Report on sanitation, dispensaries, and jails in Rajputana for 1920, and on vaccination for the year 1920-1921 - 1920-1921
Year: 1920
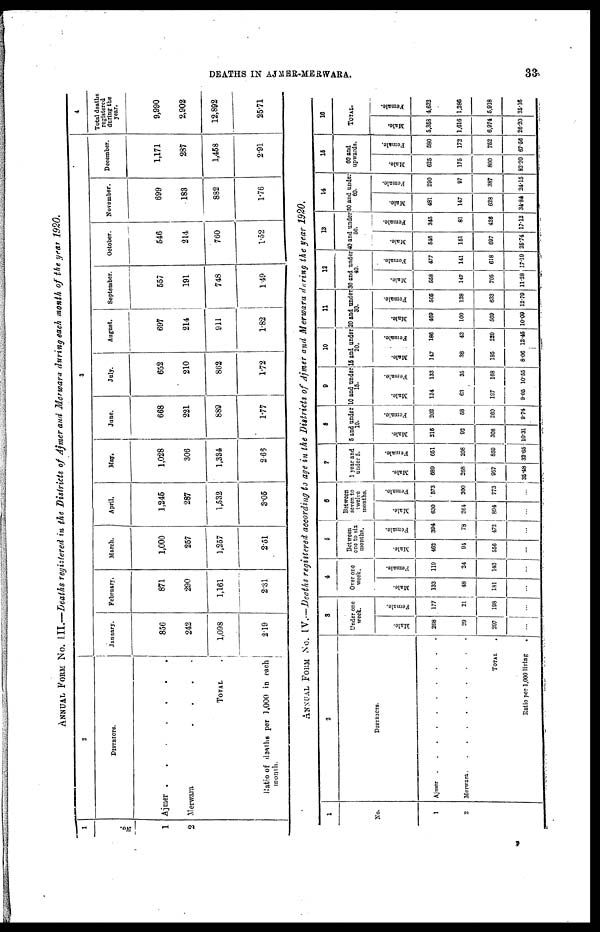
DEATHS IN AJMER-MERWARA.
33
ANNUAL FROM No. III.—Deaths registered in the Districts of Ajmer and Merwara during each month of the year 1920.
1
No.
1
2
2
DISTRICTS.
Ajmer
.
.
.
.
.
.
.
Merwara
.
.
.
.
.
TOTAL .
Ratio of deaths per 1,000 in each
month.
3
January.
856
242
1,098
2.19
February.
871
290
1,161
2.31
March.
1,000
257
1,257
2.51
April.
1,245
287
1,532
3.05
May.
1,028
306
1,334
2.66
June.
668
221
889
1.77
July.
652
210
862
1.72
August.
697
214
911
1.82
September.
557
191
748
1.49
October.
546
214
760
1.52
November.
699
183
882
1.76
December.
1,171
287
1,458
2.91
4
Total deaths
registered
during the
year.
9,990
2,902
12,892
25.71
ANNUAL FROM No. IV.—Deaths registered according to age in the Districts of Ajmer and Merwara during the year 1920.
1
No.
1
2
2
DISTRICTS.
Ajmer . . . . .
Merwara . . . .
TOTAL .
Ratio per 1,000 living .
3
Under one
week.
Male.
268
20
297
...
Female.
177
21
198
...
4
Over one
week.
Male.
133
48
181
...
Female.
119
24
143
...
5
Between
one to six
months.
Male.
462
94
556
...
Female.
394
78
472
...
6
Between
seven to
twelve
months.
Male.
630
264
894
...
Female.
573
200
773
...
7
1 year and
under 5.
Male.
689
268
957
35.48
Female.
651
208
850
32.65
8
5 and under
10.
Male.
215
93
308
10.31
Female.
202
58
260
9.74
9
10 and under
15.
Mal e.
134
63
197
9.05
Fe ma l
e .
133
35
168
10.55
10
15 and under
20.
Ma l
e .
147
38
185
8.06
Femal e.
186
43
229
12.45
11
20 and under
30.
Male.
468
100
569
10.09
Female.
505
128
633
12.79
12
30 and under
40.
Male.
558
147
705
11.28
Female.
477
141
618
17.19
13
40 and under
50.
Male.
540
151
697
25.74
Female.
345
81
426
17.13
14
50 And under
60.
Male.
481
147
628
34.84
Female.
290
97
387
24.15
15
60 and
upwards.
Male.
625
175
800
82.20
Female.
580
172
752
67.56
16
TOTAL.
Male.
5,358
1,616
6,974
26.20
Female.
4,632
1,286
5,918
25.16